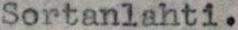
Sortanlahti.